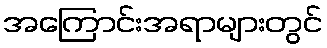
အကြောင်းအရာများတွင်